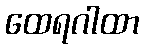
ထေရဂါထာ